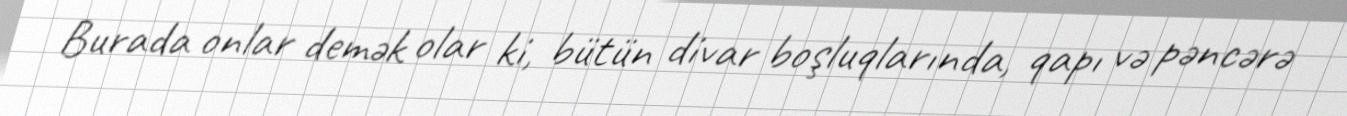
Burada onlar demək olar ki, bütün divar boşluqlarında, qapı və pəncərə